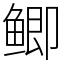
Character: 鲫